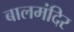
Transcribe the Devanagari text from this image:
बालमंदिर